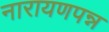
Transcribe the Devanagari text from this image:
नारायणपन्न